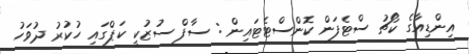
އިންޑިއާގެ ކޯޗު ސްޓެފަން ކޮންސްޓެޓައިން : ސާފް ސުޒުކީ ކަޕްގައި ހުކުރު ދުވަހު